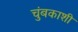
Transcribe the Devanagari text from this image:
चुंबकाशी